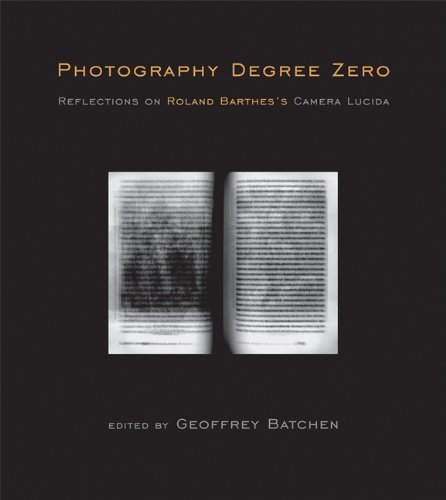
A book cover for Photography Degree Zero: Reflections on Roland Barthes's Camera Lucida; Arts & Photography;